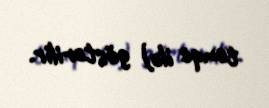
tenqe ilə) göstərilir.